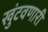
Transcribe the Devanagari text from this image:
खुंटवणारी